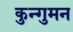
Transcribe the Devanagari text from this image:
कुन्गुमन